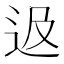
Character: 﨤